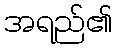
အရည်၏